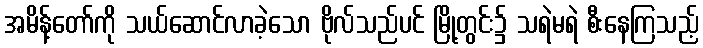
အမိန့်တော်ကို သယ်ဆောင်လာခဲ့သော ဗိုလ်သည်ပင် မြို့တွင်း၌ သရဲမရဲ စီးနေကြသည့်